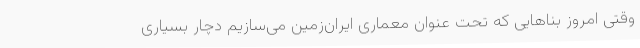
وقتی امروز بناهایی که تحت عنوان معماری ایران‌زمین می‌سازیم دچار بسیاری